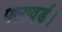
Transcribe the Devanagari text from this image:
फ्लावर्ड।